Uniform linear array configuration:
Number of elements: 64
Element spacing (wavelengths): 1
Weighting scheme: exponential
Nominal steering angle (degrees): -60
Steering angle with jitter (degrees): -61.435
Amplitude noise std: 0.05
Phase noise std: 0.05

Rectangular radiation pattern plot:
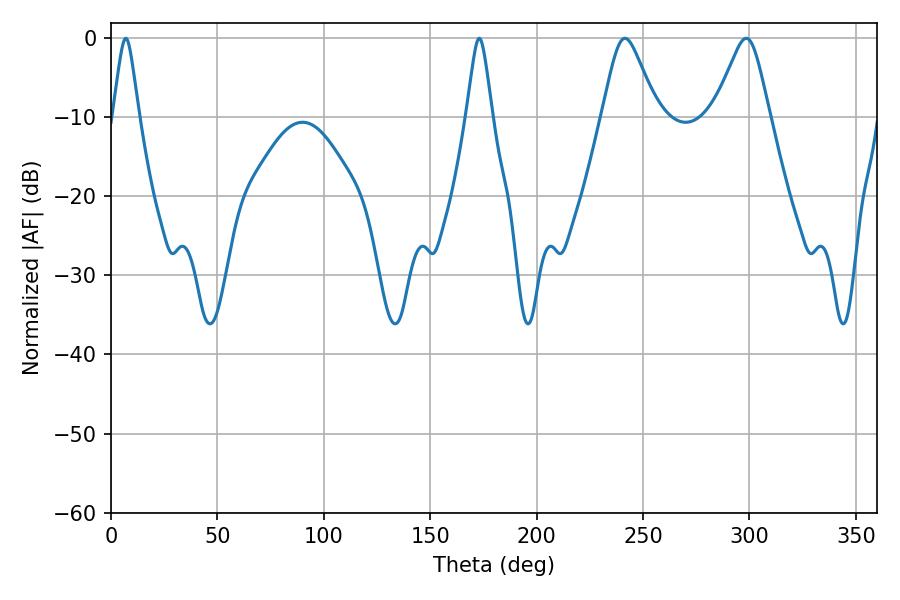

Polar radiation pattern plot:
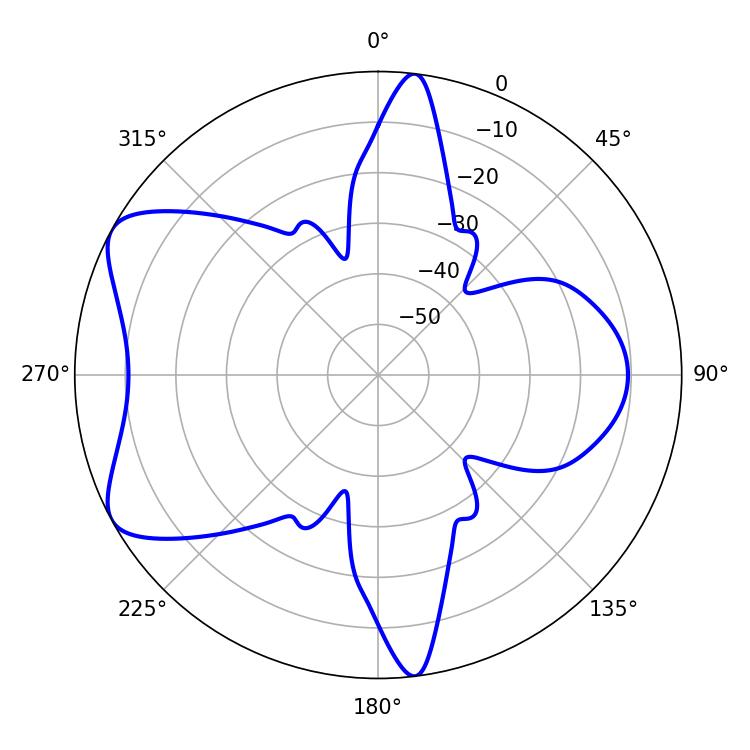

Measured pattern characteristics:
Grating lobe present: TRUE
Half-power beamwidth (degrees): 12.42
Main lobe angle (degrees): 241.56